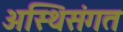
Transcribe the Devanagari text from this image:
अस्थिसंगत